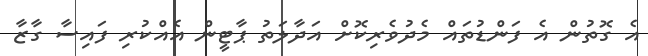
އެ ގޮތުން އެ ފަންޑުތައް މެދުވެރިކޮށް އަދާލަތު ޕާޓީން އެއްކުރި ފައިސާ ގާޒާ